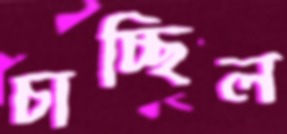
চাচ্ছিল